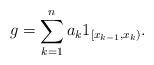
\begin{align*}g = \sum^n_{k=1} a_k 1_{[x_{k-1}, x_k)}.\end{align*}